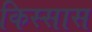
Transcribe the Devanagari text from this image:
किस्सास